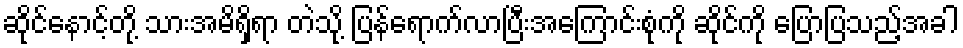
ဆိုင်နောင့်တို့ သားအမိရှိရာ တဲသို့ ပြန်ရောက်လာပြီးအကြောင်းစုံကို ဆိုင်ကို ပြောပြသည့်အခါ